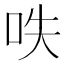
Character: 呹